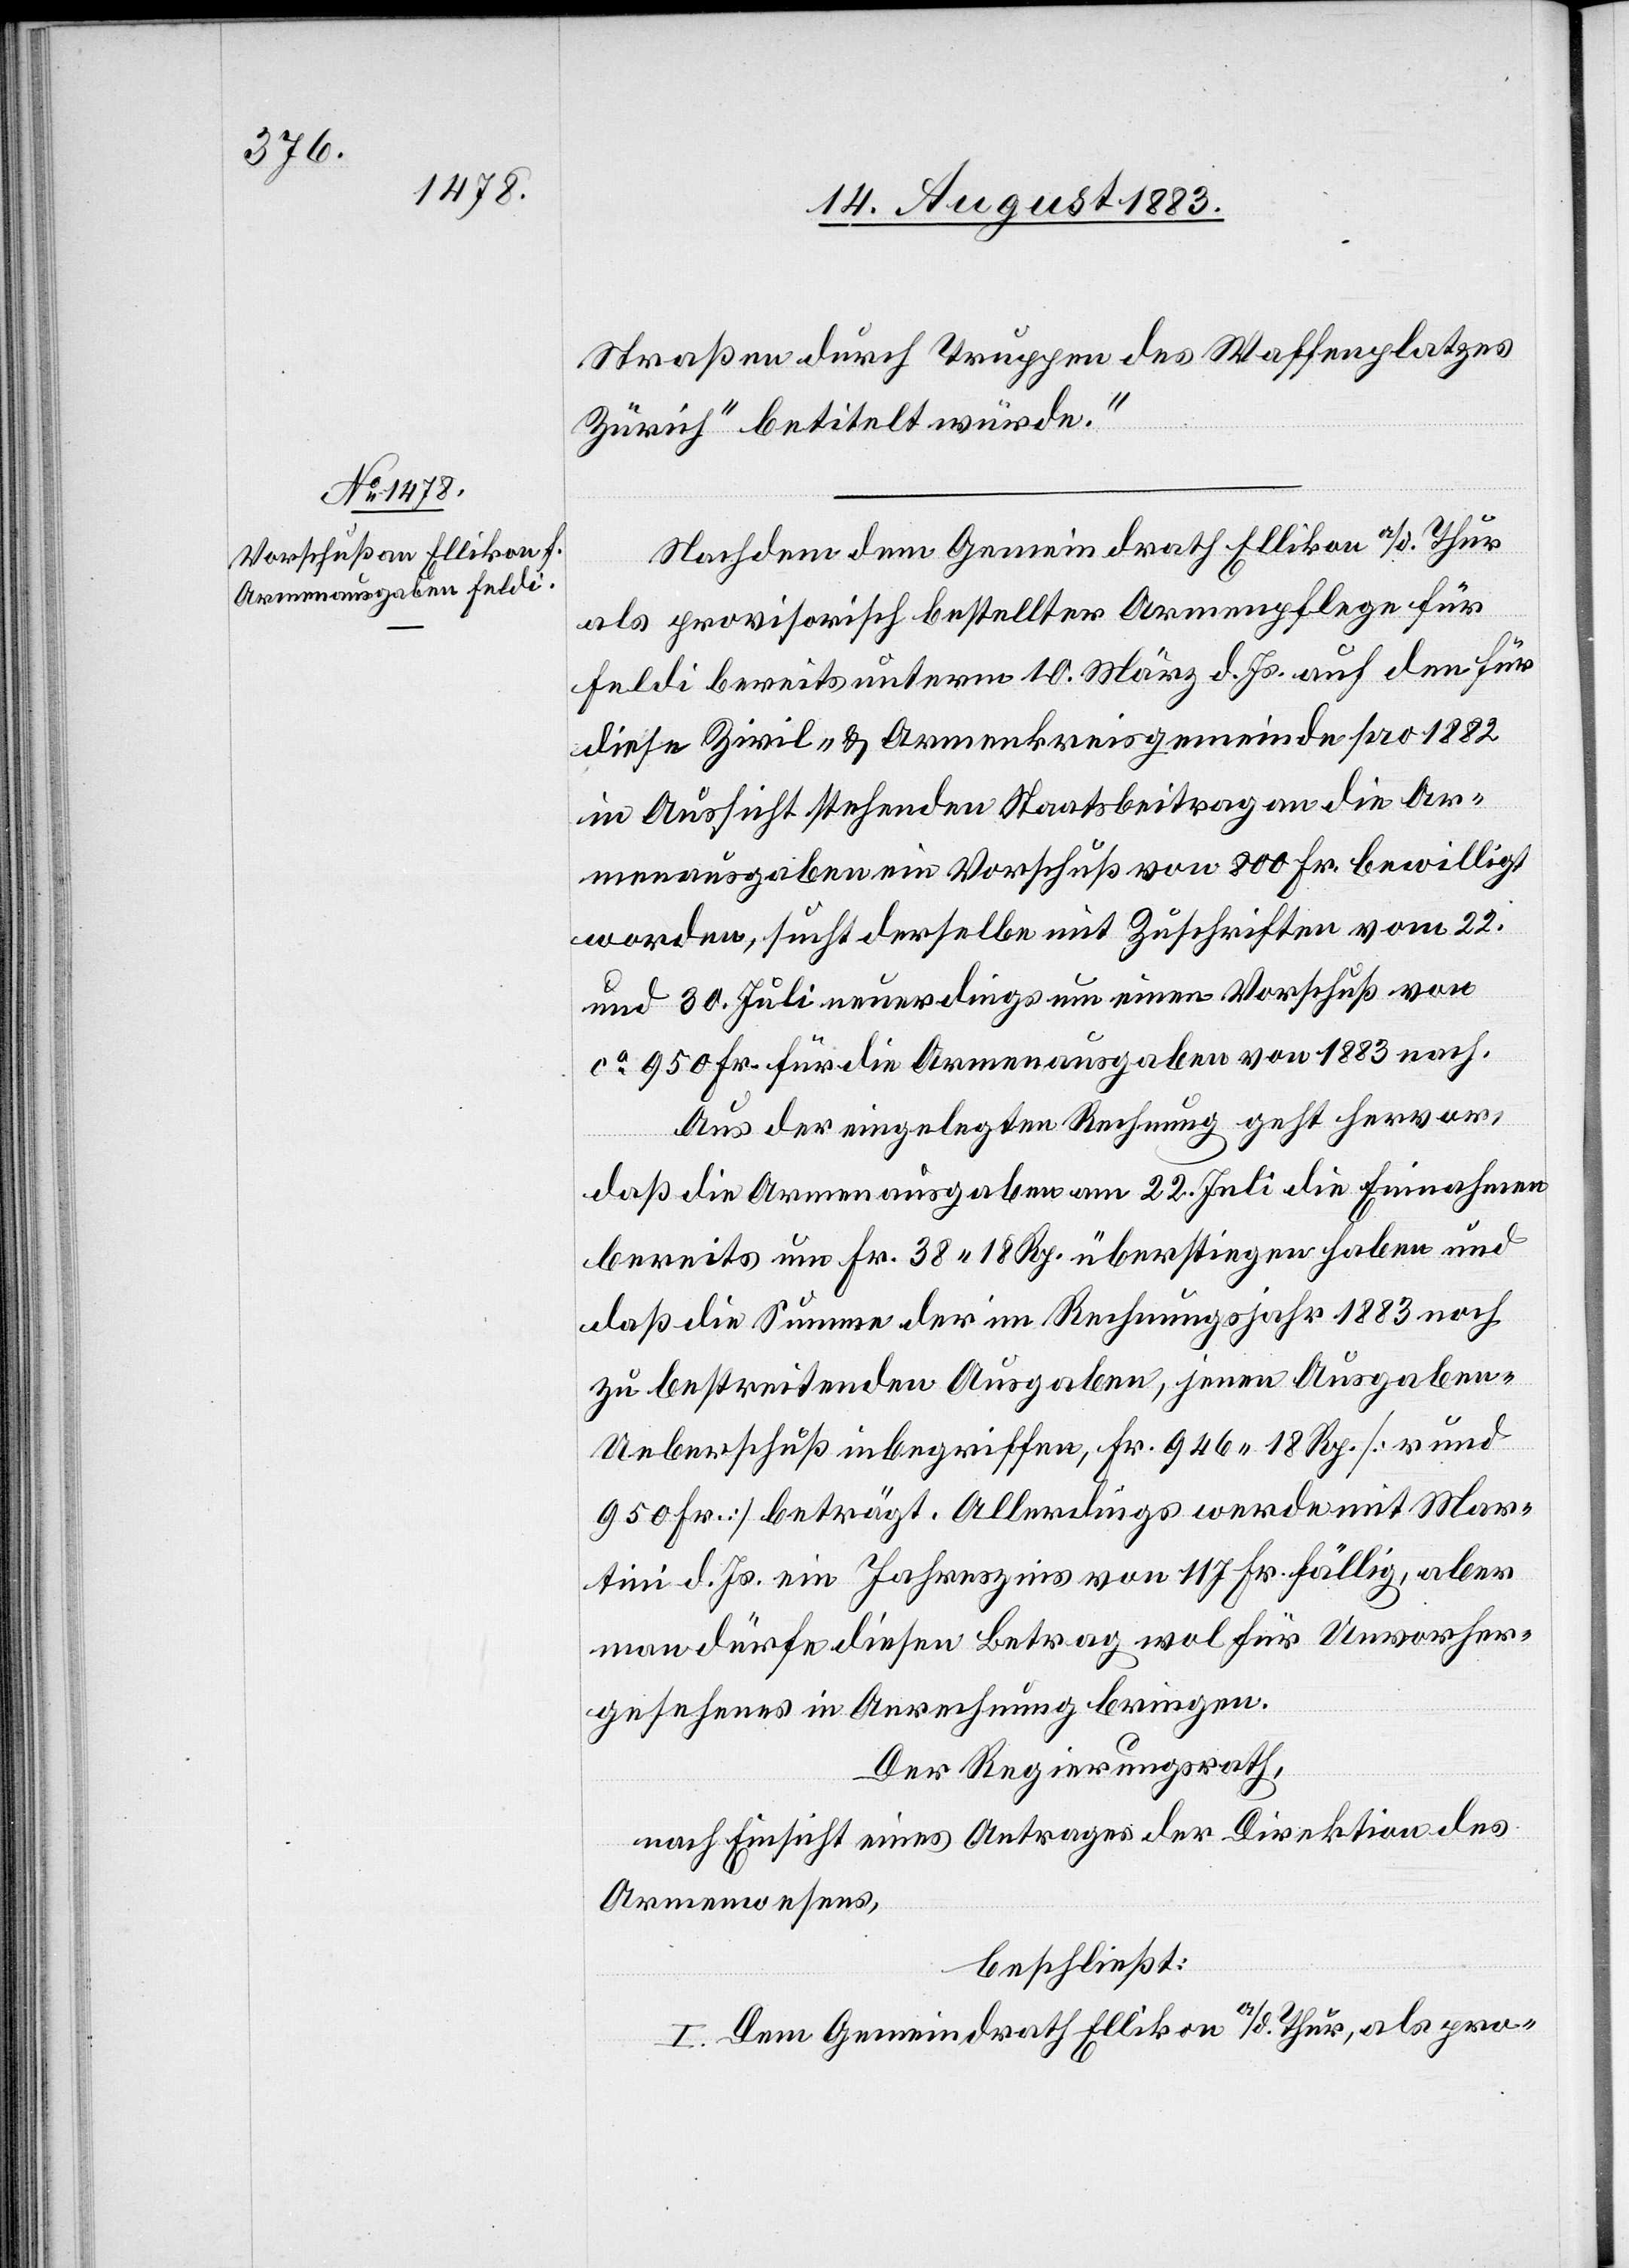
Straßen durch Truppen des Waffenplatzes
Zürich“ betitelt würde.“
Nachdem dem Gemeindrath Ellikon a/d. Thur
als provisorische bestellter Armenpflege für
Feldi bereits unterm 10. März d. Js. auf den für
diese Zivil- & Armenkreisgemeinde pro 1882
in Aussicht stehenden Staatsbeitrag an die Ar¬
menausgaben ein Vorschuß von 800 Fr. bewilligt
worden, sucht derselbe mit Zuschriften vom 22.
und 30. Juli neuerdings um einen Vorschuß von
ca 950 Fr. für die Armenausgaben von 1883 nach.
Aus der eingelegten Rechnung geht hervor,
daß die Armenausgaben am 22. Juli die Einnahmen
bereits um Fr. 38 18 Rp. überstiegen haben und
daß die Summe der im Rechnungsjahr 1883 noch
zu bestreitenden Ausgaben, jenen Ausgaben-U¬
eberschuß inbegriffen, Fr. 946 18 Rp. [rund
950 Fr.] beträgt. Allerdings werde mit Mar¬
tini d. Js. ein Jahreszins von 117 Fr. fällig, aber
man dürfe diesen Betrag wol für Unvorher¬
gesehenes in Anrechnung bringen.
Der Regierungsrath,
nach Einsicht eines Antrages der Direktion des
Armenwesens,
beschließt:
I. Dem Gemeindrath Ellikon a/d. Thur, als pro-